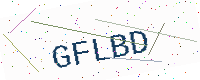
Text: GFLBD